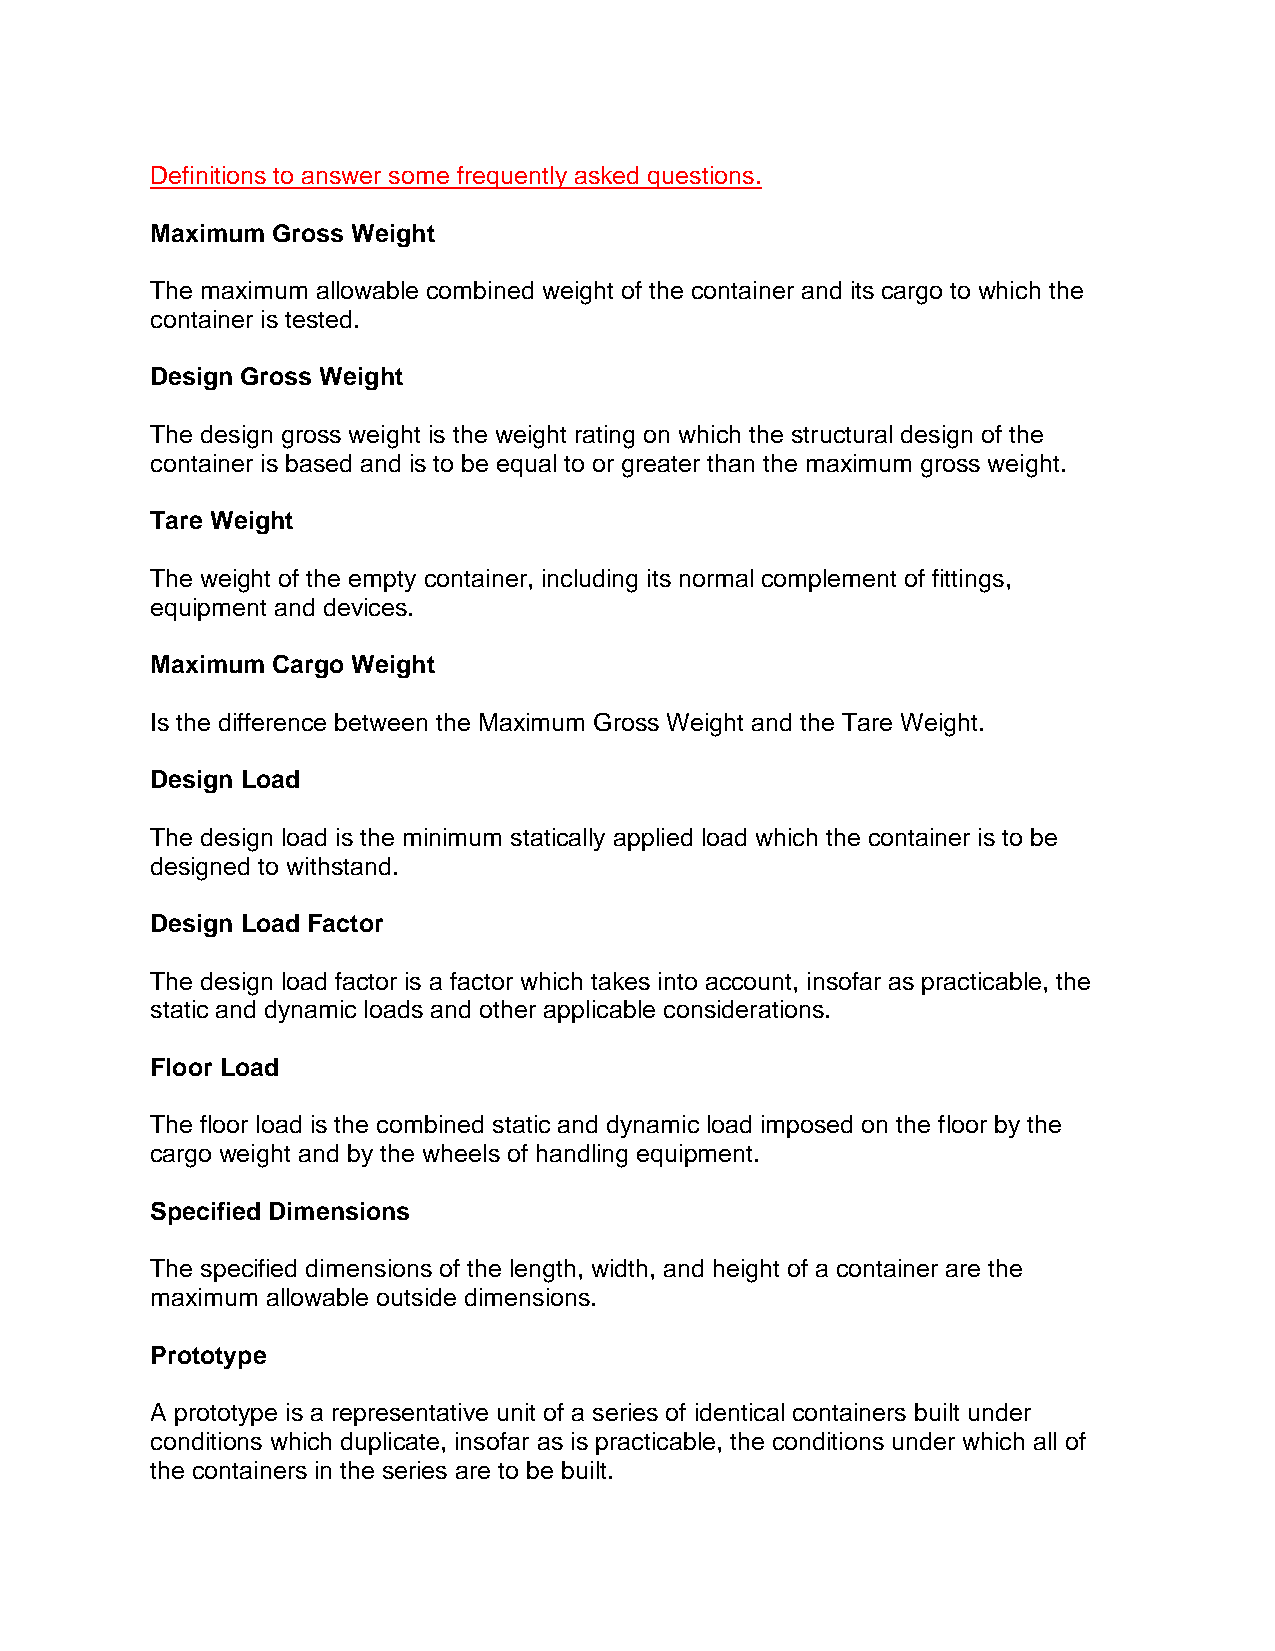
Definitions to answer some frequently asked questions.
 Maximum Gross Weight
 The maximum allowable combined weight of the container and its cargo to which the
 container is tested.
 Design Gross Weight
 The design gross weight is the weight rating on which the structural design of the
 container is based and is to be equal to or greater than the maximum gross weight.
 Tare Weight
 The weight of the empty container, including its normal complement of fittings,
 equipment and devices.
 Maximum Cargo Weight
 Is the difference between the Maximum Gross Weight and the Tare Weight.
 Design Load
 The design load is the minimum statically applied load which the container is to be
 designed to withstand.
 Design Load Factor
 The design load factor is a factor which takes into account, insofar as practicable, the
 static and dynamic loads and other applicable considerations.
 Floor Load
 The floor load is the combined static and dynamic load imposed on the floor by the
 cargo weight and by the wheels of handling equipment.
 Specified Dimensions
 The specified dimensions of the length, width, and height of a container are the
 maximum allowable outside dimensions.
 Prototype
 A prototype is a representative unit of a series of identical containers built under
 conditions which duplicate, insofar as is practicable, the conditions under which all of
 the containers in the series are to be built.